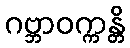
ဂဗ္ဘာဝက္ကန္တိ